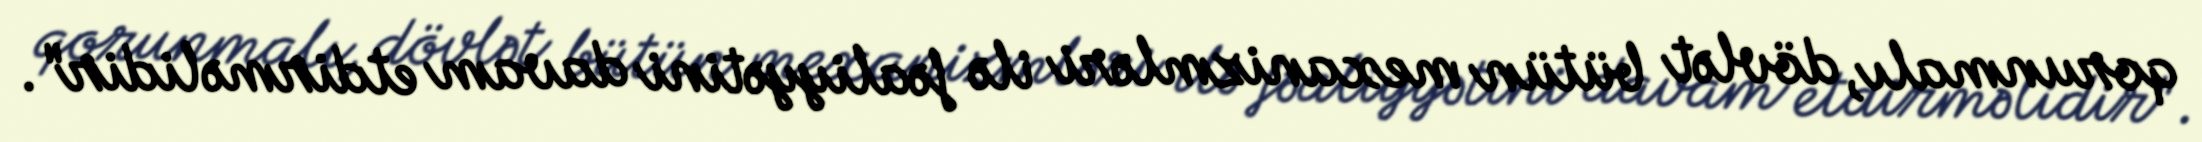
qorunmalı, dövlət bütün mexanizmləri ilə fəaliyyətini davam etdirməlidir".